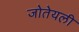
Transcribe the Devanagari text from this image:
जोतेयली